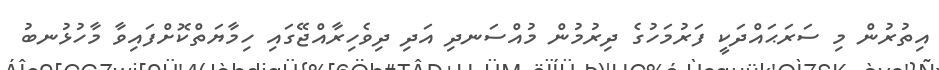
އިތުރުން މި ސަރަޙައްދަކީ ފަރުމަހުގެ ދިރުމުން މުއްސަނދި އަދި ދިވެހިރާއްޖޭގައި ހިމާޔަތްކޮށްފައިވާ މާހުޅުނބު